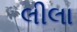
લીલા